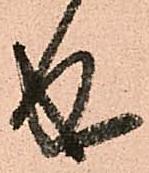
成